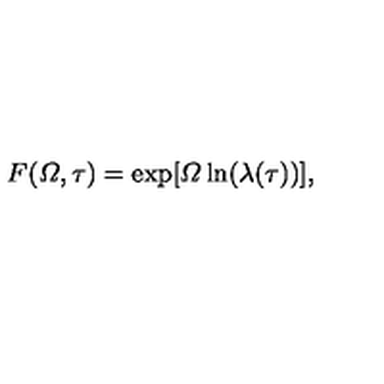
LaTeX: F ( { \mit \Omega } , \tau ) = \exp [ { \mit \Omega } \ln ( \lambda ( \tau ) ) ] ,